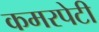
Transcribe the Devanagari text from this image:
कमरपेटी